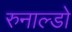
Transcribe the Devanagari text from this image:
रुनाल्डो